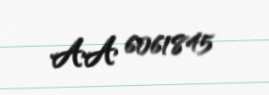
AA 6061845